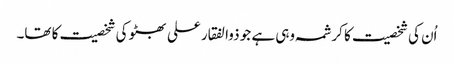
اُن کی شخصیت کا کرشمہ وہی ہے جو ذوالفقار علی بھٹو کی شخصیت کا تھا۔